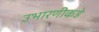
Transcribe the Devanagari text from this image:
उभारणीकडे